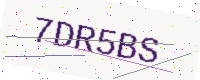
Text: 7DR5BS